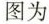
图为 ( )